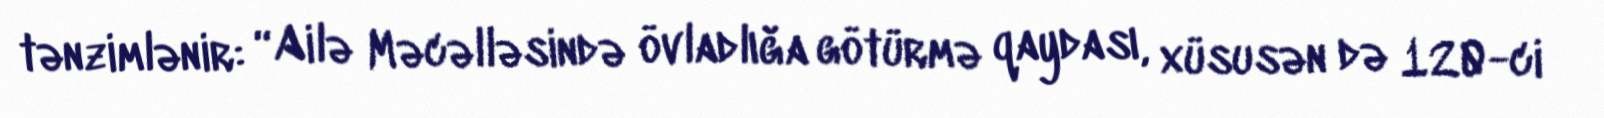
tənzimlənir: “Ailə Məcəlləsində övladlığa götürmə qaydası, xüsusən də 120-ci